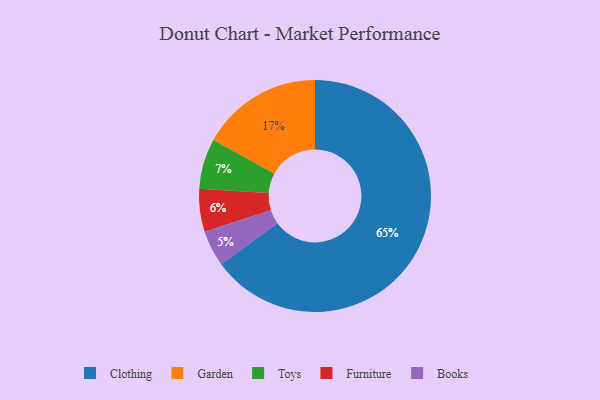
{"axis": {"x": "Category", "y": "Percentage"}, "legend": ["Books", "Clothing", "Furniture", "Garden", "Toys"], "data": [{"x": "Toys", "y": 7, "type": "Toys"}, {"x": "Books", "y": 5, "type": "Books"}, {"x": "Garden", "y": 17, "type": "Garden"}, {"x": "Clothing", "y": 65, "type": "Clothing"}, {"x": "Furniture", "y": 6, "type": "Furniture"}]}